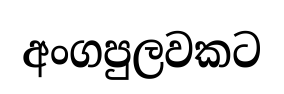
අංගපුලවකට